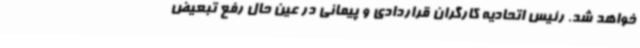
خواهد شد. رئیس اتحادیه کارگران قراردادی و پیمانی در عین حال رفع تبعیض